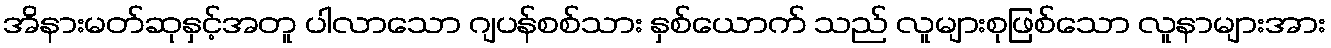
အိနားမတ်ဆုနှင့်အတူ ပါလာသော ဂျပန်စစ်သား နှစ်ယောက် သည် လူများစုဖြစ်သော လူနာများအား